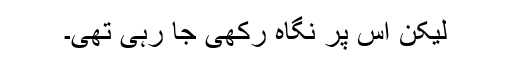
لیکن اُس پر نگاہ رکھی جا رہی تھی۔